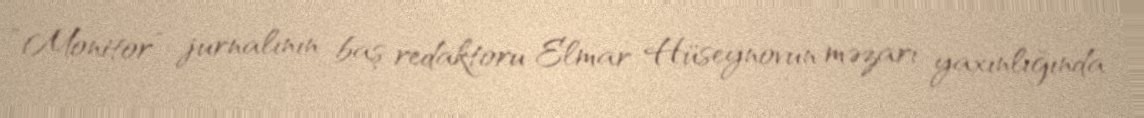
“Monitor” jurnalının baş redaktoru Elmar Hüseynovun məzarı yaxınlığında